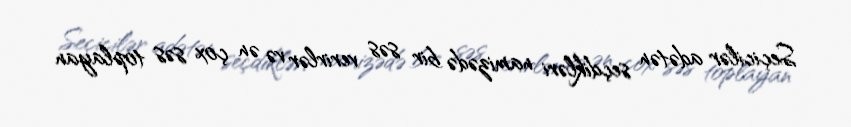
Seçicilər adətən seçdikləri namizədə bir səs verirlər və ən çox səs toplayan